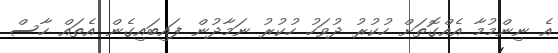
އެ ނިންމުމާ އެއްގޮތަށް ހުކުރު ދުވަހު ހުކުރު ނަމާދުން ފައިބައިގެން އެތައް ހާސް